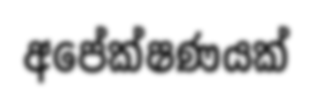
අපේක්ෂණයක්